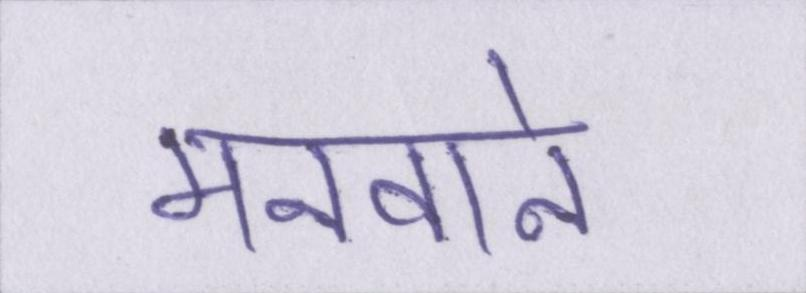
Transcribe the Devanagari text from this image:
मनवाने